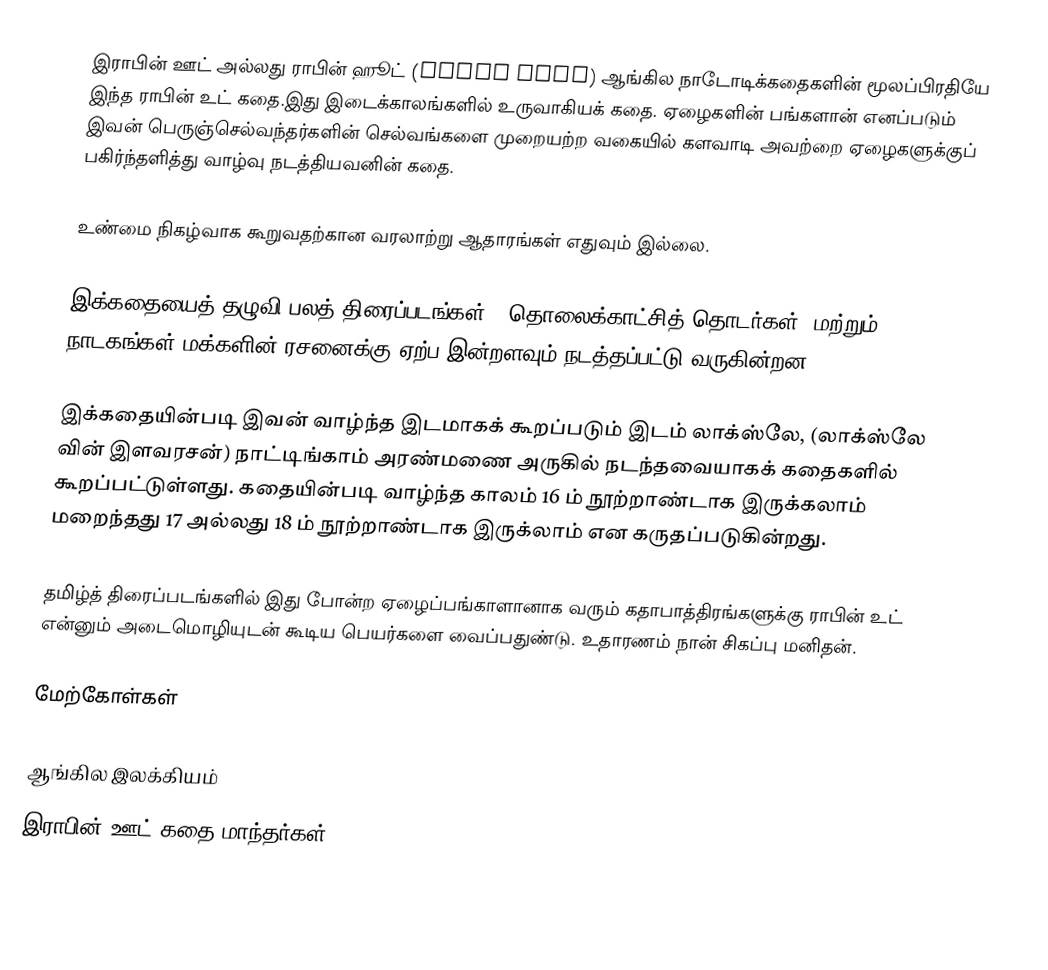
இராபின் ஊட் அல்லது ராபின் ஹூட் (Robin Hood) ஆங்கில நாடோடிக்கதைகளின் மூலப்பிரதியே இந்த ராபின் உட் கதை.இது இடைக்காலங்களில் உருவாகியக் கதை. ஏழைகளின் பங்களான் எனப்படும் இவன் பெருஞ்செல்வந்தர்களின் செல்வங்களை முறையற்ற வகையில் களவாடி அவற்றை ஏழைகளுக்குப் பகிர்ந்தளித்து வாழ்வு நடத்தியவனின் கதை.

உண்மை நிகழ்வாக கூறுவதற்கான வரலாற்று ஆதாரங்கள் எதுவும் இல்லை.

இக்கதையைத் தழுவி பலத் திரைப்படங்கள் , தொலைக்காட்சித் தொடர்கள், மற்றும் நாடகங்கள் மக்களின் ரசனைக்கு ஏற்ப இன்றளவும் நடத்தப்பட்டு வருகின்றன.

இக்கதையின்படி இவன் வாழ்ந்த இடமாகக் கூறப்படும் இடம் லாக்ஸ்லே, (லாக்ஸ்லே வின் இளவரசன்) நாட்டிங்காம் அரண்மணை அருகில் நடந்தவையாகக் கதைகளில் கூறப்பட்டுள்ளது. கதையின்படி வாழ்ந்த காலம் 16 ம் நூற்றாண்டாக இருக்கலாம் மறைந்தது 17 அல்லது 18 ம் நூற்றாண்டாக இருக்லாம் என கருதப்படுகின்றது.

தமிழ்த் திரைப்படங்களில் இது போன்ற ஏழைப்பங்காளானாக வரும் கதாபாத்திரங்களுக்கு ராபின் உட் என்னும் அடைமொழியுடன் கூடிய பெயர்களை வைப்பதுண்டு. உதாரணம் நான் சிகப்பு மனிதன்.

மேற்கோள்கள்

ஆங்கில இலக்கியம்
இராபின் ஊட் கதை மாந்தர்கள்